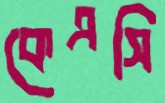
কেএসি